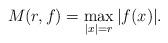
LaTeX: \begin{align*} M(r,f)=\max_{|x|=r}|f(x)|.\end{align*}